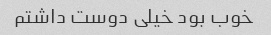
خوب بود خیلی دوست داشتم